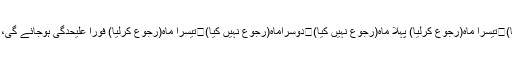
پہلا ماہ(رجوع نہیں کیا)	دوسراماہ(رجوع نہیں کیا)	تیسرا ماہ(رجوع کرلیا) پہلا ماہ(رجوع نہیں کیا)	دوسراماہ(رجوع نہیں کیا)	تیسرا ماہ(رجوع کرلیا) فورا علیحدگی ہوجائے گی، لیکن عورت اس کے بعد تین ماہ عدت گزارے گی۔